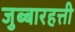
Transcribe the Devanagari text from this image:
जुब्बारहत्ती